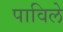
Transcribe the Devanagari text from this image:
पाविले